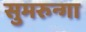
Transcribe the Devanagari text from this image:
सुमरुन्गा